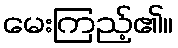
မေးကြည့်၏။